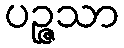
ပဉ္ဇသာ